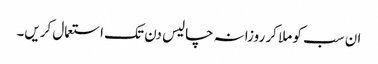
ان سب کو ملا کر روزانہ چالیس دن تک استعمال کریں۔